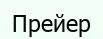
Прейер